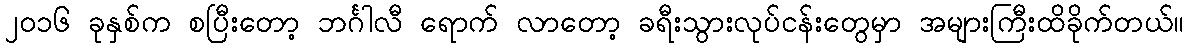
၂ဝ၁၆ ခုနှစ်က စပြီးတော့ ဘင်္ဂါလီ ရောက် လာတော့ ခရီးသွားလုပ်ငန်းတွေမှာ အများကြီးထိခိုက်တယ်။